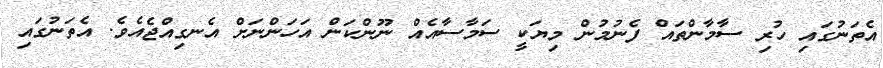
އެތަނުގައި ހުރި ސާމާންތައް ފެނުމުން މިޔަކީ ސަމާސާއެއް ނޫންކަން އަހަންނަށް އެނގިއްޖެއެވެ. އެތަނުގައި